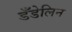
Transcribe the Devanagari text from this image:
डँडेलिन